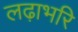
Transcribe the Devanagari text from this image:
लढ़ाभरि